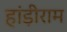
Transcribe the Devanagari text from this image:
हांड़ीराम